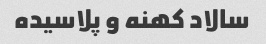
سالاد کهنه و پلاسیده